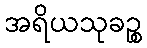
အရိယသုခဉ္စ